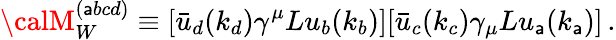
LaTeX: {\calM}_{W}^{(\mathsf{a}bcd)}\equiv[\bar{{u}}_{d}(k_{d})\gamma^{\mu}Lu_{b}(k_{b})][\bar{{u}}_{c}(k_{c})\gamma_{\mu}Lu_{\mathsf{a}}(k_{\mathsf{a}})]\, .